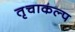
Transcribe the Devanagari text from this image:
तृचाकल्प